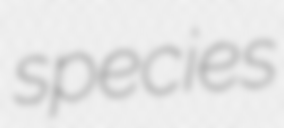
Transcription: species